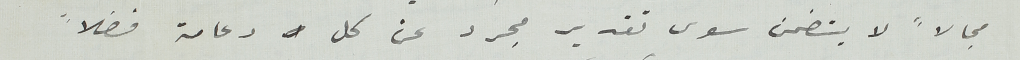
مجالاً لا يتضمن سوى تقدير مجرد عن كل دعامة فضلاً